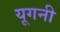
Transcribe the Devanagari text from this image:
यूगनी